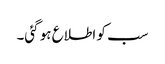
سب کو اطلاع ہو گئی۔